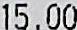
15.00